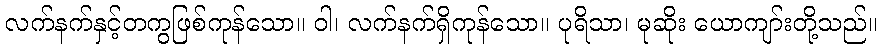
လက်နက်နှင့်တကွဖြစ်ကုန်သော။ ဝါ၊ လက်နက်ရှိကုန်သော။ ပုရိသာ၊ မုဆိုး ယောကျာ်းတို့သည်။